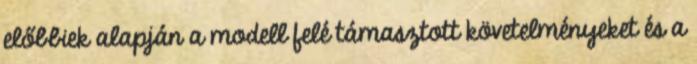
előbbiek alapján a modell felé támasztott követelményeket és a